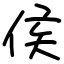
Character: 侯